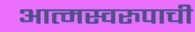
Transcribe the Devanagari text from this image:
आत्मस्वरुपाची